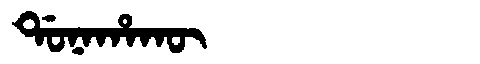
Manchu: ᡩᠣᠨᠠᡥᠠᡴᡡ
Romanization: DONAHAKŪ